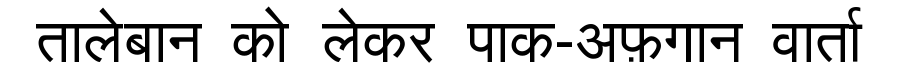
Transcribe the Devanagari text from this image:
तालेबान को लेकर पाक-अफ़गान वार्ता